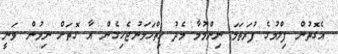
އެގޮތުން ފިލްމުގެ ފުރަތަމަ ނިންމުމާ މެދު ހިތްހަމަނުޖެހިގެން އާ ގޮތަށް ނިމުން ވަނީ